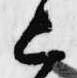
上